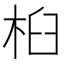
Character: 桕